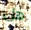
هل